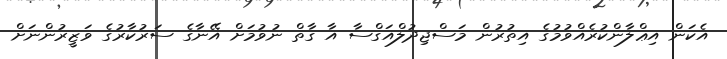
އެކަން އިޢްލާންކުރެއްވުމުގެ އިތުރުން މަސްޖިދުލްއަގްސާ އާ ގާތް ނުވުމަށް އޭނާގެ ސަރުކާރުގެ ވަޒީރުންނަށް